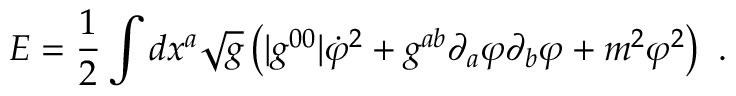
E = { \frac { 1 } { 2 } } \int d x ^ { a } \sqrt { g } \left( | g ^ { 0 0 } | \dot { \varphi } ^ { 2 } + g ^ { a b } \partial _ { a } \varphi \partial _ { b } \varphi + m ^ { 2 } \varphi ^ { 2 } \right) \ .